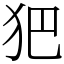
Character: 𤜱